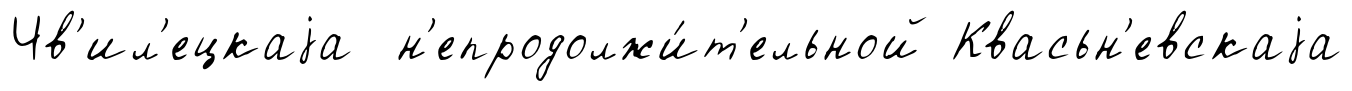
Чв'ил'ецкаjа н'епродолжи́т'ельной Квасьн'евскаjа